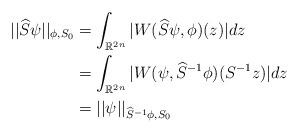
LaTeX: \begin{align*}||\widehat{S}\psi||_{\phi,S_{0}} & =\int_{\mathbb{R}^{2n}}|W(\widehat{S}\psi,\phi)(z)|dz\\& =\int_{\mathbb{R}^{2n}}|W(\psi,\widehat{S}^{-1}\phi)(S^{-1}z)|dz\\& =||\psi||_{\widehat{S}^{-1}\phi,S_{0}}\end{align*}